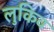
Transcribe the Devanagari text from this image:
लुकिव